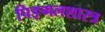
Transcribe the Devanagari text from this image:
पिङ्गलशास्त्र